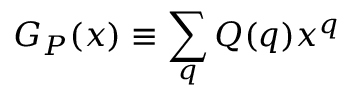
G _ { P } ( x ) \equiv \sum _ { q } Q ( q ) x ^ { q }